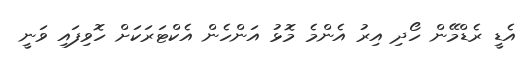
އެޑީ ރެޑްމޭން ހޯދި އިރު އެންމެ މޮޅު އަންހެން އެކްޓަރަކަށް ހޮވިފައި ވަނީ